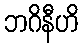
ဘဂိနီဟိ